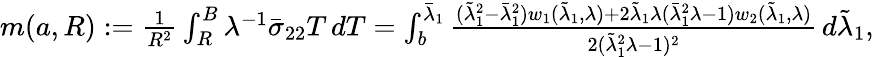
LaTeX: \begin{array}{r}{m({a},R):=\frac{1}{R^{2}}\int_{R}^{B}\lambda^{-1}\bar{\sigma}_{22}T\, dT=\int_{{b}}^{\bar{\lambda}_{1}}\frac{(\tilde{\lambda}_{1}^{2}-\bar{\lambda}_{1}^{2})w_{1}(\tilde{\lambda}_{1},\lambda)+2\tilde{\lambda}_{1}\lambda(\bar{\lambda}_{1}^{2}\lambda-1)w_{2}(\tilde{\lambda}_{1},\lambda)}{2(\tilde{\lambda}_{1}^{2}\lambda-1)^{2}}\, d\tilde{\lambda}_{1},}\end{array}